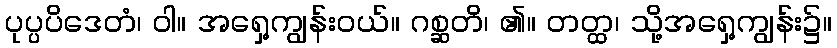
ပုပ္ပပိဒေတံ၊ ဝါ။ အရှေ့ကျွန်းဝယ်။ ဂစ္ဆတိ၊ ၏။ တတ္ထ၊ သို့အရှေ့ကျွန်း၌။